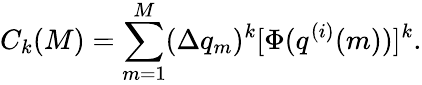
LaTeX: C_{k}(M)=\sum_{m=1}^{M}(\Delta q_{m})^{k}[\Phi(q^{(i)}(m))]^{k}.